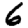
Digit: 6